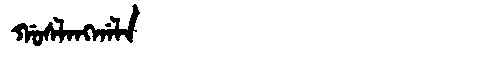
Manchu: ᡤᠣᠰᠯᠠᠩᡤᠠᠯᠠ
Romanization: GOSLANGGALA